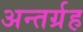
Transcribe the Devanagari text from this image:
अन्तर्ग्रह